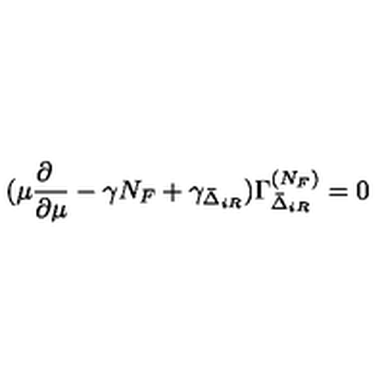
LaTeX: ( \mu \frac { \partial \phantom { a } } { \partial \mu } - \gamma N _ { F } + \gamma _ { \bar { \Delta } _ { i R } } ) \Gamma _ { \bar { \Delta } _ { i R } } ^ { ( N _ { F } ) } = 0